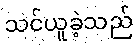
သင်ယူခဲ့သည်